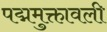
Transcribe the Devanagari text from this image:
पद्ममुक्तावली